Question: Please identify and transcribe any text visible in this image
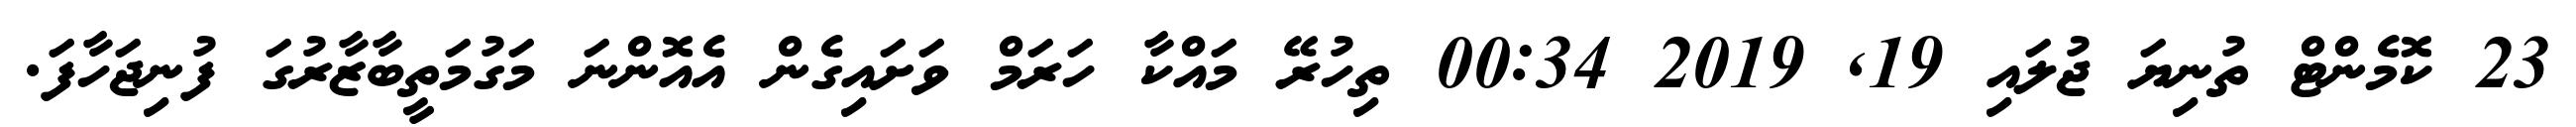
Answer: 23 ކޮމެންޓް ތުނިޔަ ޖުލައި 19, 2019 00:34 ތިހުރޭ މައްކާ ހަރަމް ވަށައިގެން އެއޮންނަ މަގުމަތީބާޒާރުގަ ފުނިޖަހާފަ.